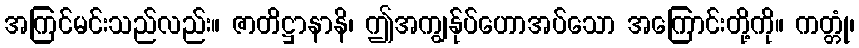
အကြင်မင်းသည်လည်း။ ဇာတိဋ္ဌာနာနိ၊ ဤအကျွန်ုပ်ဟောအပ်သော အကြောင်းတို့ကို။ ကတ္တုံ၊